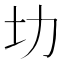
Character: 㘦